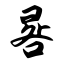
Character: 晷